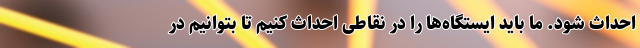
احداث شود. ما باید ایستگاه‌ها را در نقاطی احداث کنیم تا بتوانیم در